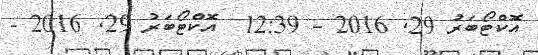
އޮކްޓޯބަރު 29